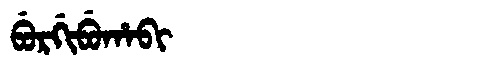
Manchu: ᠪᡠᡵᡤᡳᠪᡠᡥᠠᠪᡳ
Romanization: BURGIBUHABI